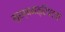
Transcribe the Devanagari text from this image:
मुख्यमंत्रिपदाचे